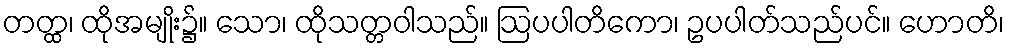
တတ္ထ၊ ထိုအမျိုး၌။ သော၊ ထိုသတ္တဝါသည်။ ဩပပါတိကော၊ ဥပပါတ်သည်ပင်။ ဟောတိ၊